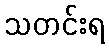
သတင်းရ